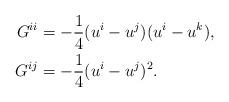
LaTeX: \begin{align*} G^{ii}&=-\frac{1}{4}(u^i-u^j)(u^i-u^k), \\ G^{ij}&=-\frac{1}{4}(u^i-u^j)^2.\end{align*}